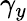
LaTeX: \gamma_{y}